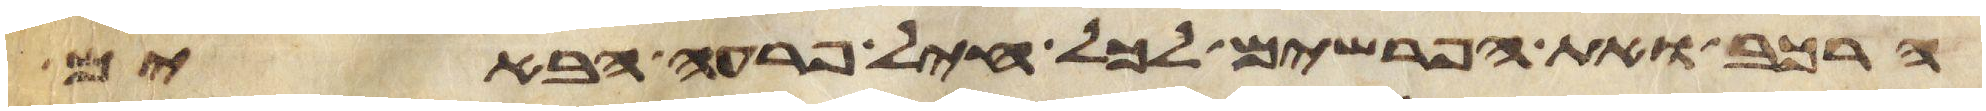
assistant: הרכב ואת הפרשים לכל חיל פרעה הבאים